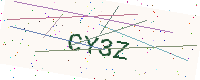
Text: CY3Z